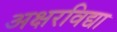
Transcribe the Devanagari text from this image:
अक्षरविद्या